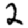
Digit: 2